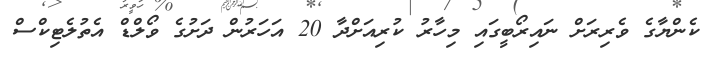
ކެންޔާގެ ވެރިރަށް ނައިރޯބީގައި މިހާރު ކުރިއަށްދާ 20 އަހަރުން ދަށުގެ ވޯލްޑް އެތުލެޓިކްސް